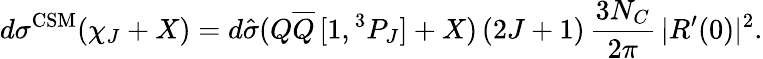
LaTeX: d\sigma^{\mathrm{CSM}}(\chi_{J}+X)=d\hat{\sigma}(Q\overline{{{Q}}}\, [1,{}^{3}P_{J}]+X)\, (2J+1)\, \frac{3N_{C}}{2\pi}\, |R^{\prime}(0)|^{2}.